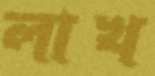
লাখ